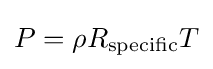
P=\rho R_{\text{specific}}T